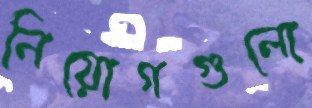
নিয়োগগুলো